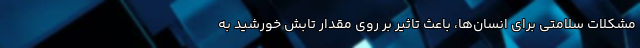
مشکلات سلامتی برای انسان‌ها، باعث تاثیر بر روی مقدار تابش خورشید به